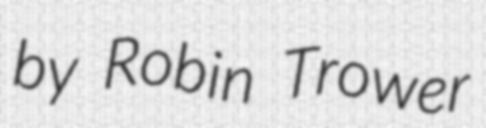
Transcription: by Robin Trower